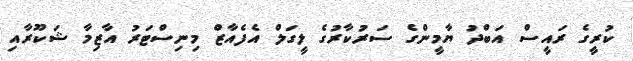
ކުރީގެ ރައީސް އަބްދު ޔާމީންގެ ސަރުކާރުގެ ލީގަލް އެފެއާޒް މިނިސްޓަރު އާޒިމާ ޝަކޫރާއި